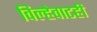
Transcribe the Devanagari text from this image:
विल्हेवाटही